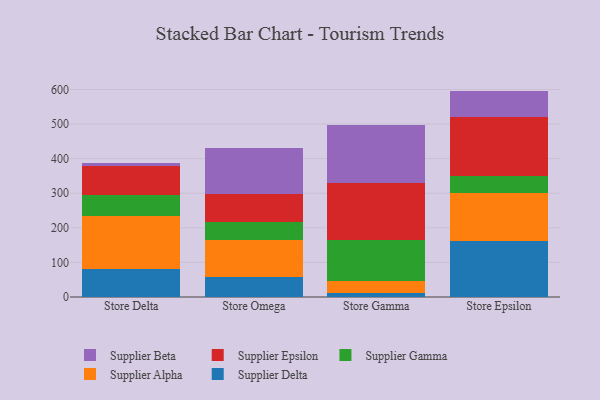
{"axis": {"x": "Store", "y": "Demand Index"}, "legend": ["Supplier Alpha", "Supplier Beta", "Supplier Delta", "Supplier Epsilon", "Supplier Gamma"], "data": [{"x": "Store Delta", "y": 81.1, "type": "Supplier Delta"}, {"x": "Store Delta", "y": 151.8, "type": "Supplier Alpha"}, {"x": "Store Delta", "y": 62.1, "type": "Supplier Gamma"}, {"x": "Store Delta", "y": 83.7, "type": "Supplier Epsilon"}, {"x": "Store Delta", "y": 9.3, "type": "Supplier Beta"}, {"x": "Store Omega", "y": 58.9, "type": "Supplier Delta"}, {"x": "Store Omega", "y": 104.5, "type": "Supplier Alpha"}, {"x": "Store Omega", "y": 54.6, "type": "Supplier Gamma"}, {"x": "Store Omega", "y": 80.0, "type": "Supplier Epsilon"}, {"x": "Store Omega", "y": 133.3, "type": "Supplier Beta"}, {"x": "Store Gamma", "y": 12.2, "type": "Supplier Delta"}, {"x": "Store Gamma", "y": 34.1, "type": "Supplier Alpha"}, {"x": "Store Gamma", "y": 117.3, "type": "Supplier Gamma"}, {"x": "Store Gamma", "y": 165.2, "type": "Supplier Epsilon"}, {"x": "Store Gamma", "y": 169.6, "type": "Supplier Beta"}, {"x": "Store Epsilon", "y": 162.0, "type": "Supplier Delta"}, {"x": "Store Epsilon", "y": 140.0, "type": "Supplier Alpha"}, {"x": "Store Epsilon", "y": 48.9, "type": "Supplier Gamma"}, {"x": "Store Epsilon", "y": 169.5, "type": "Supplier Epsilon"}, {"x": "Store Epsilon", "y": 75.5, "type": "Supplier Beta"}]}